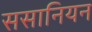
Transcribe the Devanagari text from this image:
ससानियन